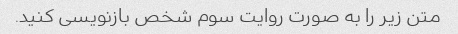
متن زیر را به صورت روایت سوم شخص بازنویسی کنید.